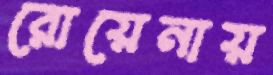
রোয়েনায়